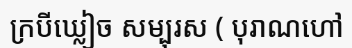
ក្របីឃ្លៀច សម្បុរស ( បុរាណហៅ